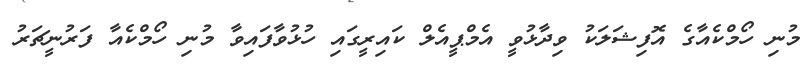
މުނި ހޯމްކެއާގެ އޮފިޝަލަކު ވިދާޅުވީ އެމްޕީއެލް ކައިރީގައި ހުޅުވާފައިވާ މުނި ހޯމްކެއާ ފަރުނީޗަރު